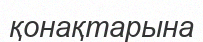
қонақтарына